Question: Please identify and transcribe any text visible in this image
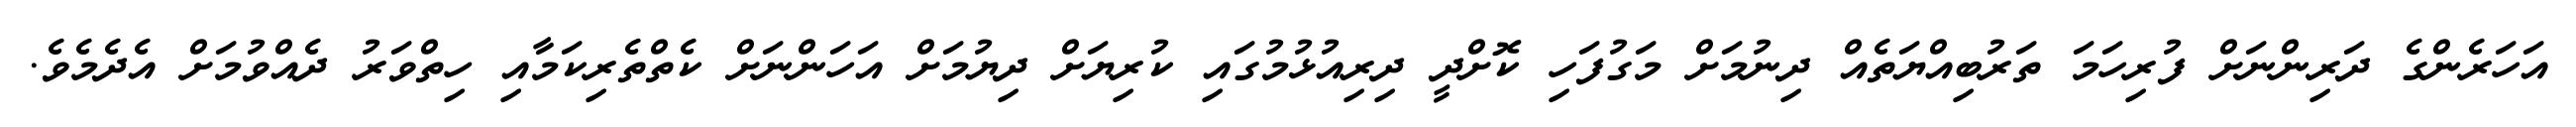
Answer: އަހަރެންގެ ދަރިންނަށް ފުރިހަމަ ތަރުބިއްޔަތެއް ދިނުމަށް މަގުފަހި ކޮށްދީ ދިރިއުޅުމުގައި ކުރިޔަށް ދިޔުމަށް އަހަންނަށް ކެތްތެރިކަމާއި ހިތްވަރު ދެއްވުމަށް އެދެމެވެ.